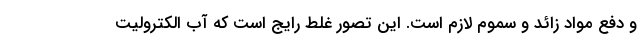
و دفع مواد زائد و سموم لازم است. این تصور غلط رایج است که آب الکترولیت